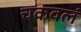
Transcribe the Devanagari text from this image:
चकवलं